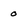
Character: o